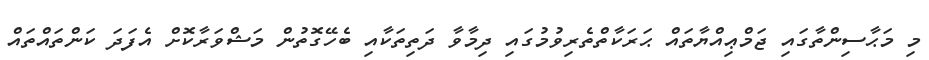
މި މަޙާސިންތާގައި ޖަމްޢިއްޔާތައް ޙަރަކާތްތެރިވުމުގައި ދިމާވާ ދަތިތަކާއި ބެހޭގޮތުން މަޝްވަރާކޮށް އެފަދަ ކަންތައްތައް